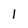
Character: 1